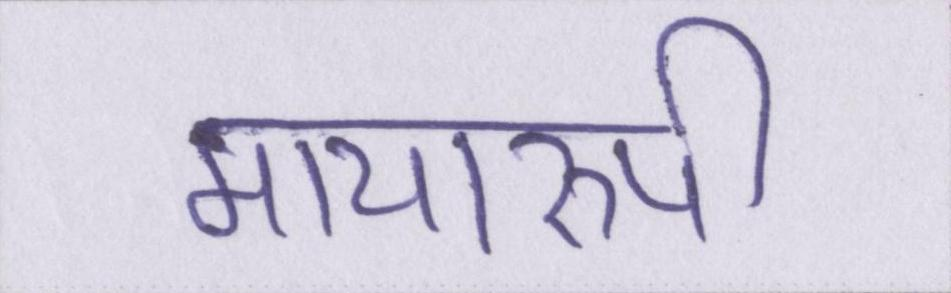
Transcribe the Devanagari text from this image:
मायारुपी